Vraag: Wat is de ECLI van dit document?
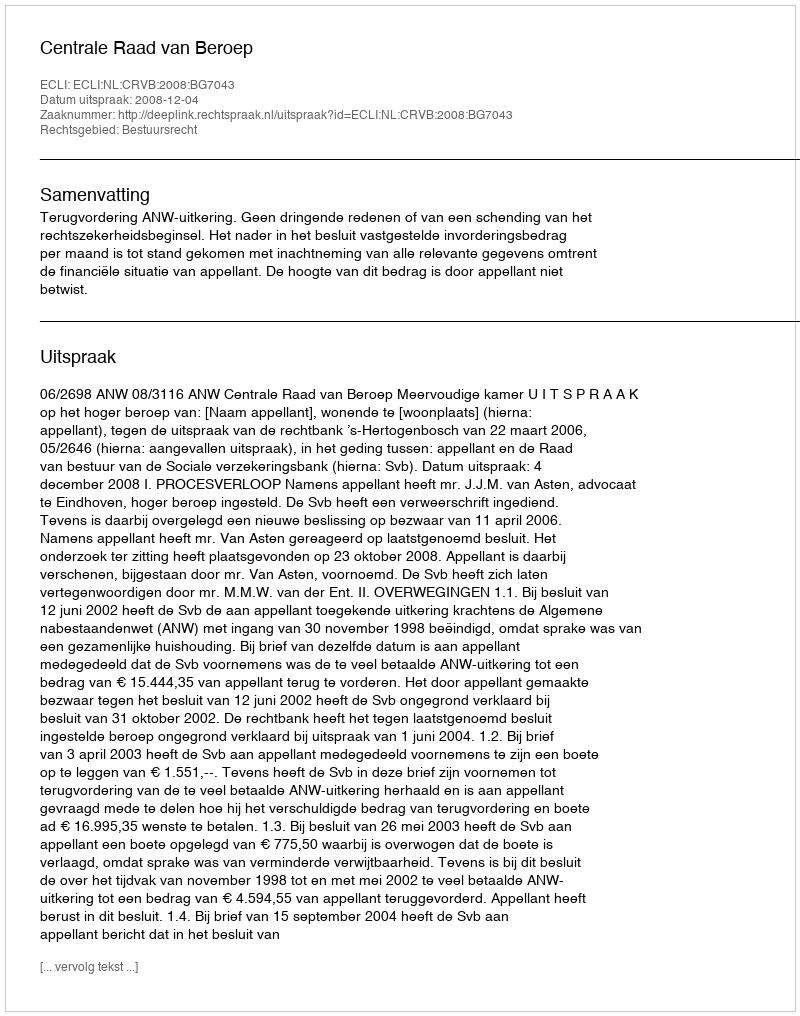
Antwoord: ECLI:NL:CRVB:2008:BG7043